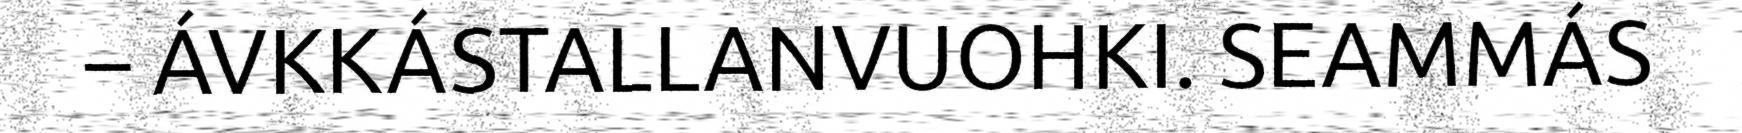
– ÁVKKÁSTALLANVUOHKI. SEAMMÁS